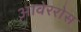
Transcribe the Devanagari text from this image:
आवेररोस